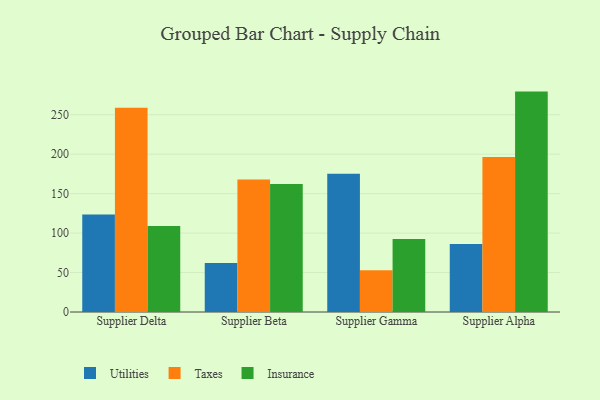
{"axis": {"x": "Supplier", "y": "Budget (USD K)"}, "legend": ["Insurance", "Taxes", "Utilities"], "data": [{"x": "Supplier Delta", "y": 123.4, "type": "Utilities"}, {"x": "Supplier Delta", "y": 258.7, "type": "Taxes"}, {"x": "Supplier Delta", "y": 109.0, "type": "Insurance"}, {"x": "Supplier Beta", "y": 62.0, "type": "Utilities"}, {"x": "Supplier Beta", "y": 167.9, "type": "Taxes"}, {"x": "Supplier Beta", "y": 162.3, "type": "Insurance"}, {"x": "Supplier Gamma", "y": 175.2, "type": "Utilities"}, {"x": "Supplier Gamma", "y": 53.0, "type": "Taxes"}, {"x": "Supplier Gamma", "y": 92.5, "type": "Insurance"}, {"x": "Supplier Alpha", "y": 86.3, "type": "Utilities"}, {"x": "Supplier Alpha", "y": 196.5, "type": "Taxes"}, {"x": "Supplier Alpha", "y": 279.3, "type": "Insurance"}]}